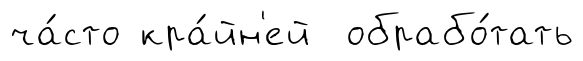
ча́сто кра́йн'ей обрабо́тать